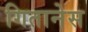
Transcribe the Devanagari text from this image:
गितानेस